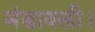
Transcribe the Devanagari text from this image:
मंडावली।